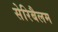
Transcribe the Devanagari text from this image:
सेरिबैलम